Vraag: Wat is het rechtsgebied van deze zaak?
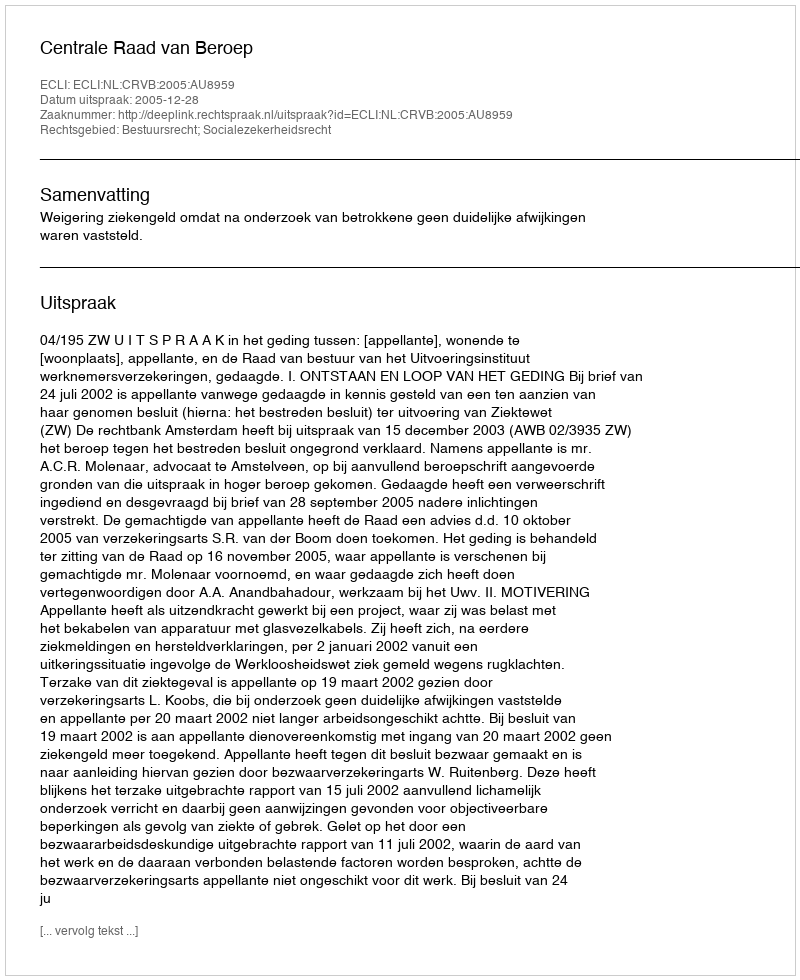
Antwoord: Bestuursrecht; Socialezekerheidsrecht